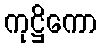
ကုဋ္ဌိကော